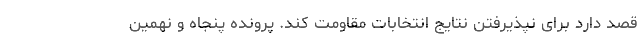
قصد دارد برای نپذیرفتن نتایج انتخابات مقاومت کند. پرونده پنجاه و نهمین